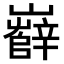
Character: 𡾦